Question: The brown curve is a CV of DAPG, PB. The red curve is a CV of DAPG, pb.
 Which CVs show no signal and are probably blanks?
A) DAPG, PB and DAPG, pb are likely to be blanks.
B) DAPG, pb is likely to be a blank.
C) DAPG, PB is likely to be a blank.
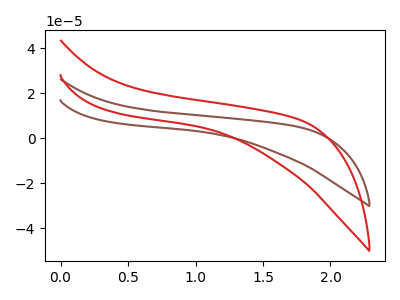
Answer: <think>The brown curve "DAPG, PB" has no peaks. The red curve "DAPG, pb" has no peaks.</think>
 <answer>A) "DAPG, PB" and "DAPG, pb" are likely to be blanks.</answer>
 <eval>A</eval>